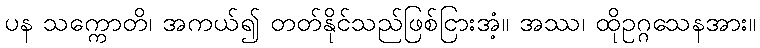
ပန သက္ကောတိ၊ အကယ်၍ တတ်နိုင်သည်ဖြစ်ငြားအံ့။ အဿ၊ ထိုဥဂ္ဂသေနအား။